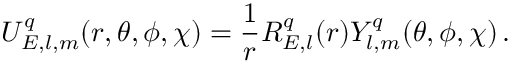
U _ { E , l , m } ^ { q } ( r , \theta , \phi , \chi ) = \frac { 1 } { r } R _ { E , l } ^ { q } ( r ) Y _ { l , m } ^ { q } ( \theta , \phi , \chi ) \, .